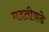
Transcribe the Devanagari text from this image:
मदतीकडे